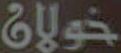
خولان